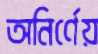
অনির্ণেয়